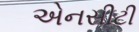
એનસીટી